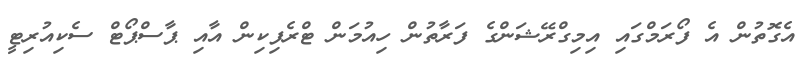
އެގޮތުން އެ ފޯރަމްގައި އިމިގްރޭޝަންގެ ފަރާތުން ހިއުމަން ޓްރެފިކިން އާއި ޕާސްޕޯޓް ސެކިއުރިޓީ